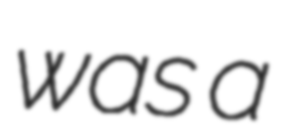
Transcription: was a